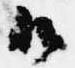
御